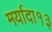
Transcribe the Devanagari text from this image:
मर्यादा१३